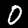
Label: 0